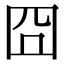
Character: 囧